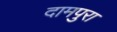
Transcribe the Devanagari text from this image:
दामपुरा